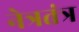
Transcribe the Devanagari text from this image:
नेत्रतंत्र